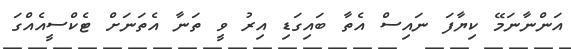
އަންނާނަމޭ ކިޔާފަ ނައިސް އެތާ ބައިގަޑި އިރު ވީ ތަނާ އެތަނަށް ޓެކްސީއެއްގަ